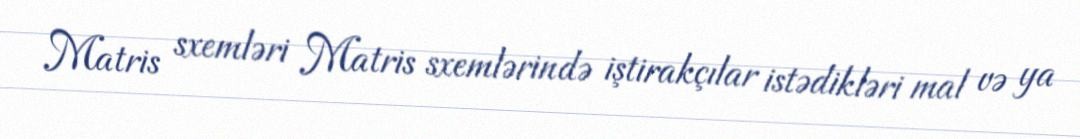
Matris sxemləri Matris sxemlərində iştirakçılar istədikləri mal və ya